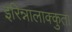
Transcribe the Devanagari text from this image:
इरिन्नालाक्कुता